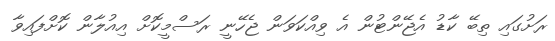
ރަށުގައި ތިބޭ ކާޑު އެޖޭންޓުން އެ ވިއްކަވަން ޖެހޭނީ ރަސްމީކޮށް އިއުލާން ކޮށްފައިވާ